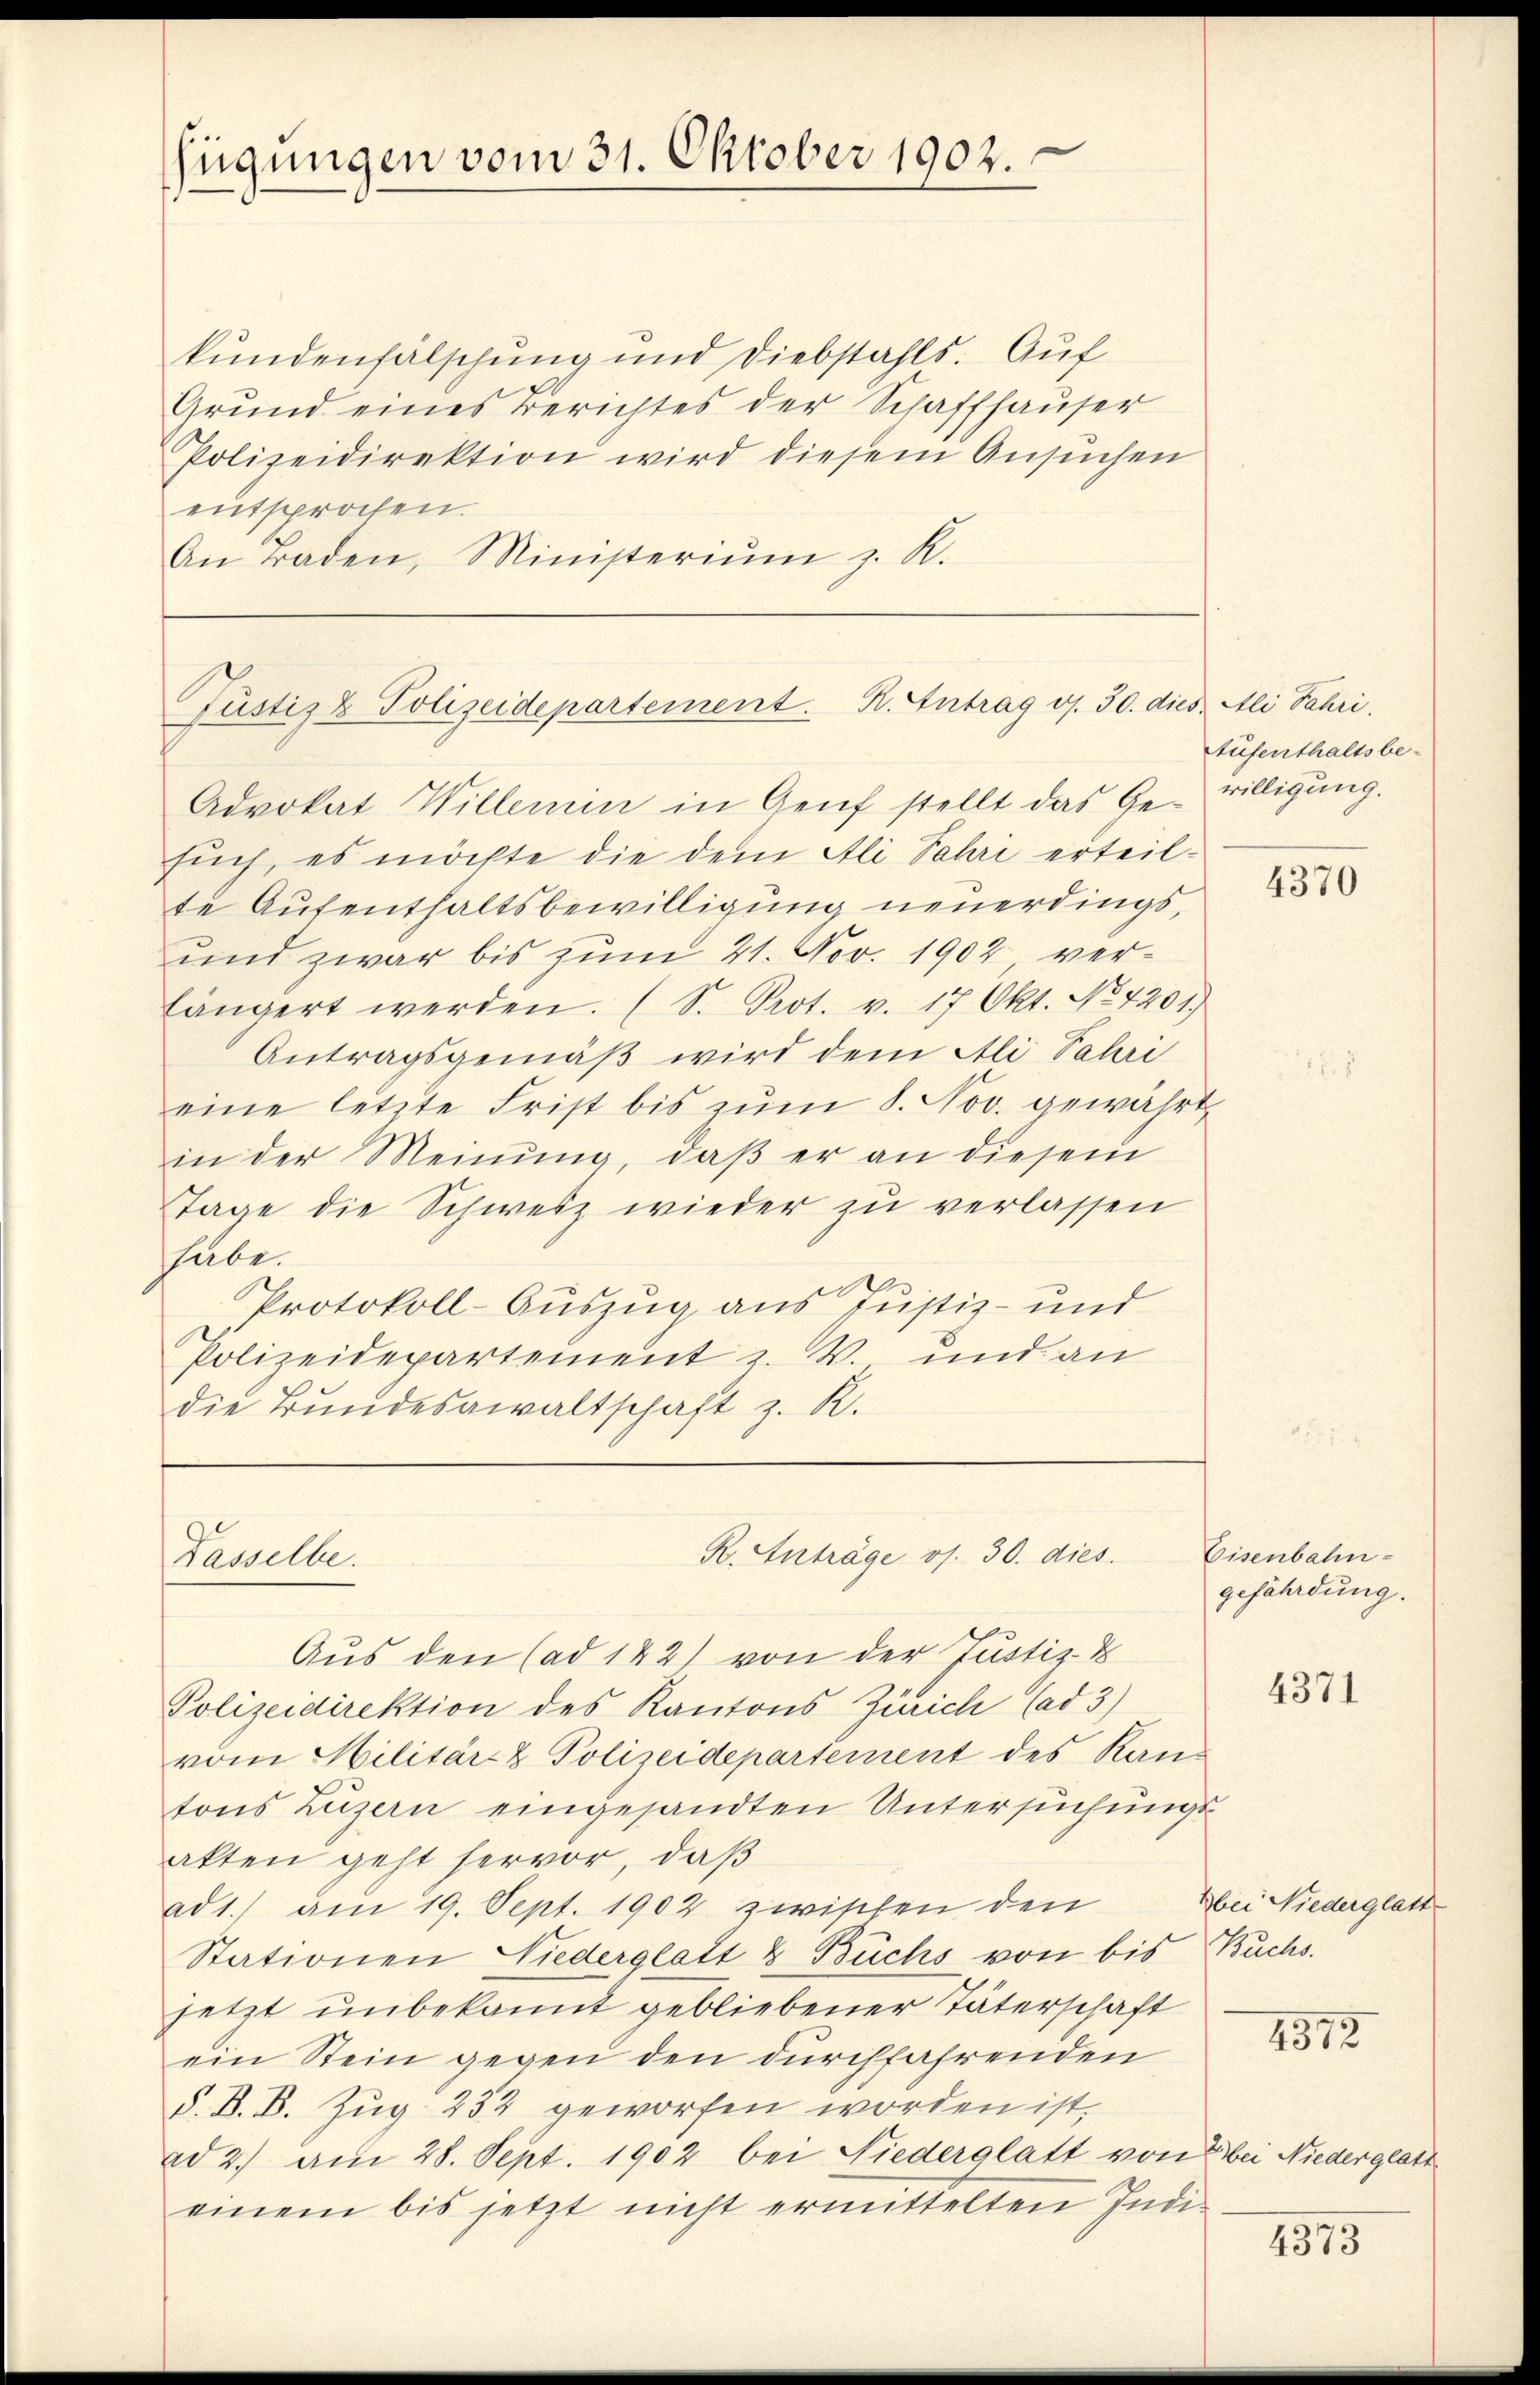
ügungen vom 31. Oktober 1902.

kundenfälschung und Diebstahls. Auf
Grund eines Berichtes der Schaffhauser
Polizeidirektion wird diesem Ansuchen
entsprochen.
An raden, Ministeriŭm z. R.

Justiz & Polizeidepartement. K. Antrag d. 30. di

Dasselbe.

R. Anträge os. 30. dies

Advokat Willerin in Genf stellt das Ge- willigung.
sŭch, es möchte die dem Ali Jahre erteil-
te Aufenthaltsbewilligung neuerdings,
und zwar bis zum 21. Nov. 1902 verlängert werden. (S. Prot. v. 17 Okt. No. 4201.
Antragsgemäß wird dem Ali Valai
eine letzte Frist bis zŭm 8. Nov. gewährt,
in der Meinung, daß er an diesem
Tage die Schweiz wieder zu verlassen
habe.
Protokoll-Auszug aus Justiz- und
Polizeidepartement z. B. und an
die Bundesgewaltschaft z. R.

Aus den (ad 142) von der Justiz-
Polizeidirektion des Kantons Zürich (ad 3)
vom Militärez Polizeidepartement des Rand
tons Luzern eingesandten Untersuchungs
akten geht hervor, daß
ad 1.) am 19. Sept. 1902 zwischen den
Stationen Niederglatt & Buchs von bis Buchs.
jetzt unbekannt gebliebener Täterschaft
ein Stein gegen den durchfahrenden
d. B. B. Zŭg 252 geworfen worden ist,
ad 2. am 28. Sept. 1902 bei Niederglatt von bei Niederglatt
einem bis jetzt nicht ermittelten Indi-

ed. Ali Jahre.
Aufenthaltsbe¬

4370

Eisenbahn-
gefährdung.

4371

Bbei Niederglatt

4372

4375